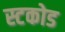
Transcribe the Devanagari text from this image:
स्टकोड